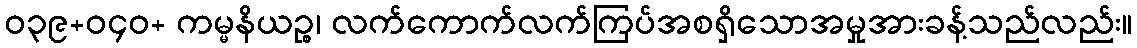
ဝ၃၉+ဝ၄၀+ ကမ္မနိယဉ္စ၊ လက်ကောက်လက်ကြပ်အစရှိသောအမှုအားခန့်သည်လည်း။